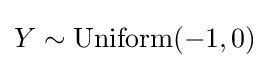
Y\sim {\rm {Uniform}}(-1,0)